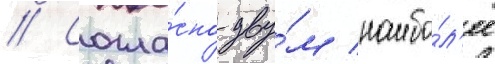
// Согла́сно дву́м наибо́л'ее